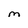
Character: M